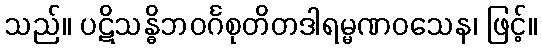
သည်။ ပဋိသန္ဓိဘဝင်္ဂစုတိတဒါရမ္မဏဝသေန၊ ဖြင့်။